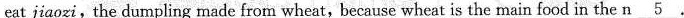
eat jiaozi,the dumpling made from wheat, because wheat is the main food in the \underline{n5}